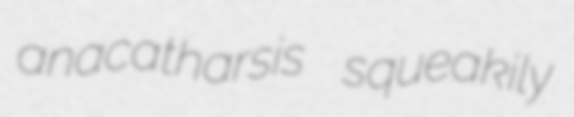
anacatharsis squeakily